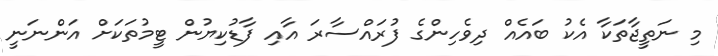
މި ނަތީޖާތަކާ އެކު ބައެއް ދިވެހިންގެ ފުރައްސާރަ އާއި ފާޑުކިޔުން ޓީމުތަކަށް އަންނަނީ